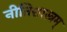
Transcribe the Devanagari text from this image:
नीतिशास्त्रम्‌